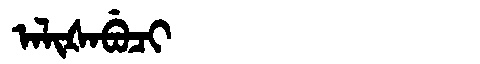
Manchu: ᠠᠯᡳᡧᠠᠪᡠᠴᡳ
Romanization: ALIŠABUCI